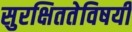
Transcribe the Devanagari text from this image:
सुरक्षिततेविषयी